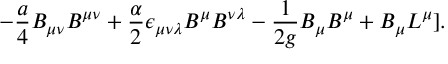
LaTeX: - { \frac { a } { 4 } } B _ { \mu \nu } B ^ { \mu \nu } + { \frac { \alpha } { 2 } } \epsilon _ { \mu \nu \lambda } B ^ { \mu } B ^ { \nu \lambda } - { \frac { 1 } { 2 g } } B _ { \mu } B ^ { \mu } + B _ { \mu } L ^ { \mu } ] .